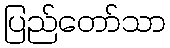
ပြည်တော်သာ